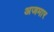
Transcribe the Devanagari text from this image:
अजमार